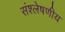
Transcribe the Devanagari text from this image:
संश्लेषणीय